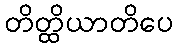
တိတ္ထိယာတိပေ